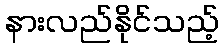
နားလည်နိုင်သည့်